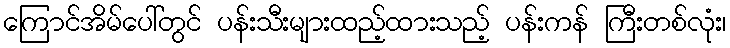
ကြောင်အိမ်ပေါ်တွင် ပန်းသီးများထည့်ထားသည့် ပန်းကန် ကြီးတစ်လုံး၊